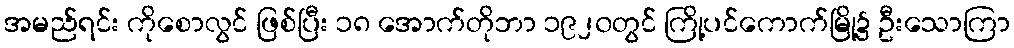
အမည်ရင်း ကိုစောလွင် ဖြစ်ပြီး ၁၈ အောက်တိုဘာ ၁၉၂၀တွင် ကြို့ပင်ကောက်မြို့၌ ဦးသောကြာ